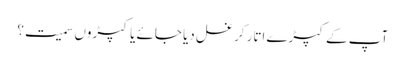
آپ کے کپڑے اتار کر غسل دیا جائے یا کپڑوں سمیت؟